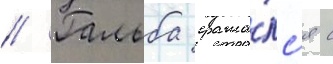
// Гальба сража́лс'я с